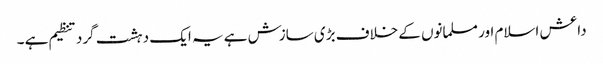
داعش اسلام اور مسلمانوں کے خلاف بڑی سازش ہے یہ ایک دہشت گرد تنظیم ہے ۔